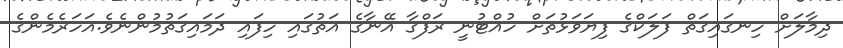
ދިމާލަށް ހިނގައިގަތް ފަލަކްގެ ފިޔަވަޅުތަށް ހުއްޓުނީ ރަފްގާ އޭނާގެ އަތުގައި ހިފައި ދަމައިގަތުމުންނެވެ.އަހަރެމެންގެ